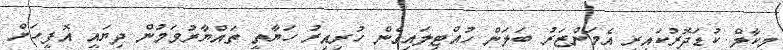
މިކާލް ކުޑަދޮރުކައިރީ އެމަންޒަރު ބަލަން ހުއްޓިލައިގެން ހުރިއިރު ހަޔާތީ ތައްޔާރުވަމުން ދިޔައީ އޮފީހަށް